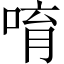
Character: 唷